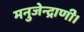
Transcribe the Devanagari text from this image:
मनुजेन्द्राणी।